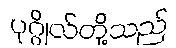
ပုဂ္ဂိုလ်တို့သည်